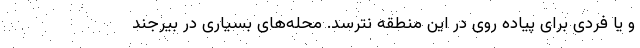
و یا فردی برای پیاده روی در این منطقه نترسد. محله‌های بسیاری در بیرجند